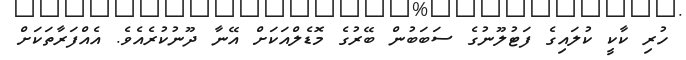
ހުރި ކާކީ ކުލައިގެ ފަޓުލޫނުގެ ސަބަބުން ބޭރުގެ މޮޑެލްއަކަށް އޭނާ ދޫނުކުރެއެވެ. އެއްފަރާތަކަށް